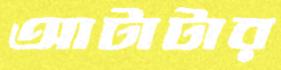
আটাটার